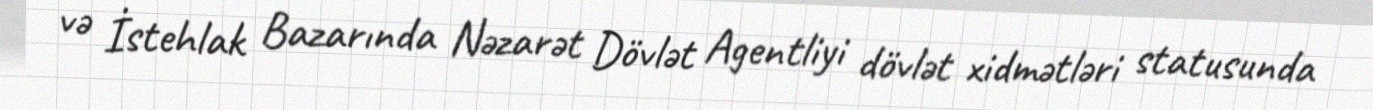
və İstehlak Bazarında Nəzarət Dövlət Agentliyi dövlət xidmətləri statusunda